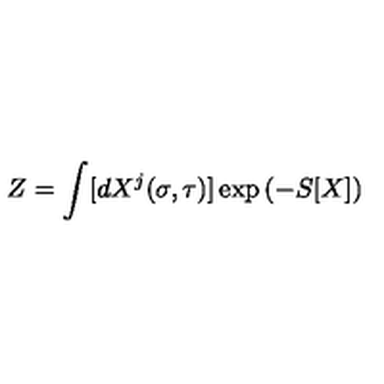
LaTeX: Z = \int [ d X ^ { j } ( \sigma , \tau ) ] \exp \left( - S [ X ] \right)